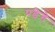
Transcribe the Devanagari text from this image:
पडे़गे